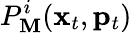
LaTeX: P_{\mathbf{M}}^{i}({\mathbf{x}}_{t},{\mathbf{p}}_{t})